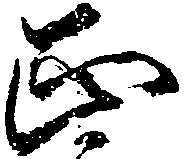
正